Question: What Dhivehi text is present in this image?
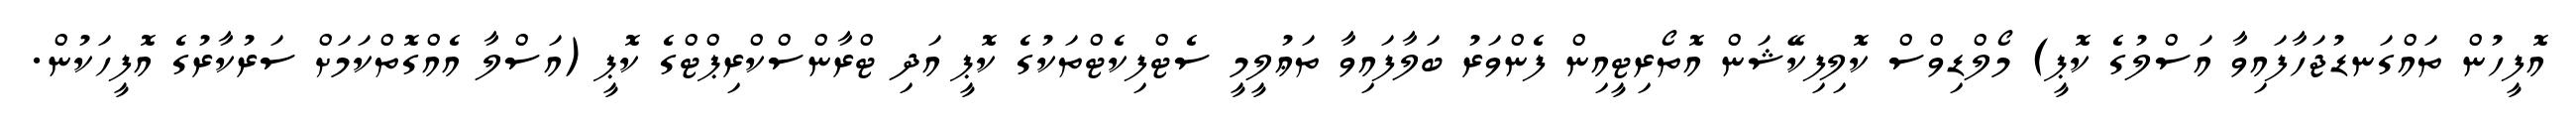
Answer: އޮފީހުން ތައްގަނޑުޖަހާފައިވާ އަސްލުގެ ކޮޕީ) މޯލްޑިވްސް ކޮލިފިކޭޝަން އޮތޯރިޓީއިން ފެންވަރު ބަލާފައިވާ ތަޢުލީމީ ސެޓްފިކެޓްތަކުގެ ކޮޕީ އަދި ޓްރާންސްކްރިޕްޓްގެ ކޮޕީ (އަސްލާ އެއްގޮތްކަމަށް ސަރުކާރުގެ އޮފީހަކުން.